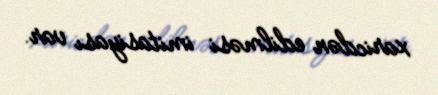
xaricdən edilməsi imitasiyası var.